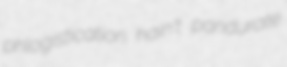
phlogistication hain't pandurate